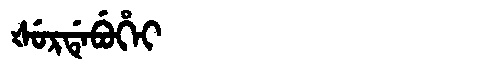
Manchu: ᡧᡠᡵᡩᡝᠪᡠᡥᡝᡳ
Romanization: ŠURDEBUHEI